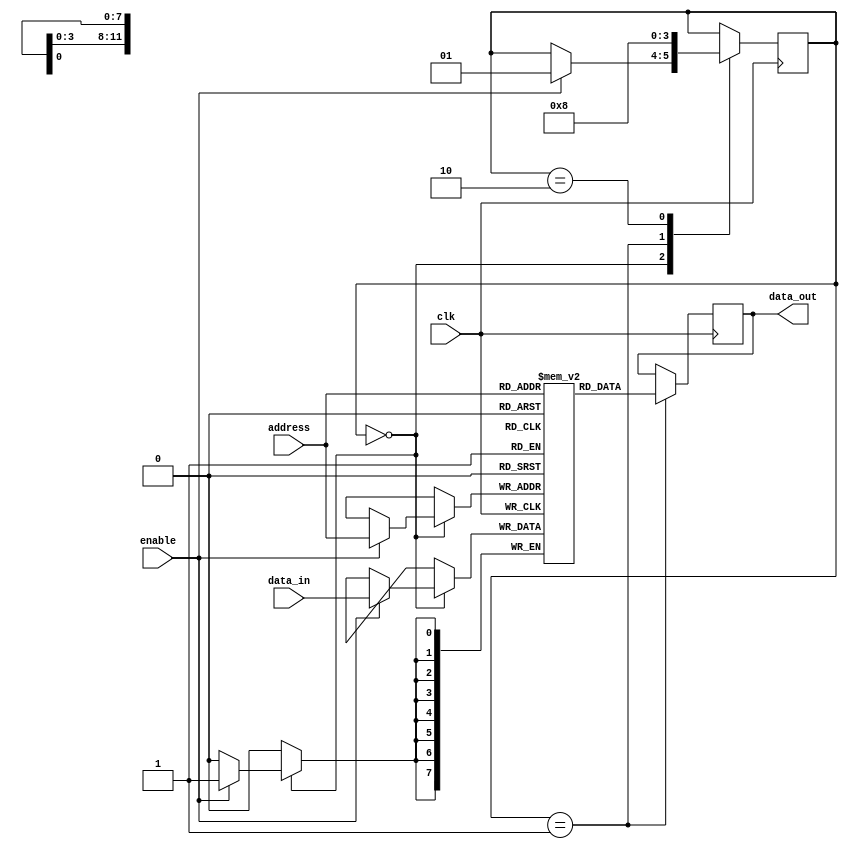
module SDRAM(
    input wire clk,
    input wire enable,
    input wire [11:0] address,
    input wire [7:0] data_in,
    output reg [7:0] data_out
);

// Memory block with rows and columns
reg [7:0] memory [0:4095];

// State machine to control memory operations
reg [1:0] state;
parameter IDLE = 2'b00, ACTIVATE = 2'b01, READ_WRITE = 2'b10;

always @(posedge clk) begin
    case(state)
        IDLE: begin
            if(enable) begin
                state <= ACTIVATE;
                memory[address] <= data_in;
            end
        end
        ACTIVATE: begin
            state <= READ_WRITE;
            data_out <= memory[address];
        end
        READ_WRITE: begin
            state <= IDLE;
        end
    endcase
end

endmodule